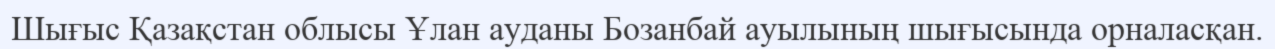
Шығыс Қазақстан облысы Ұлан ауданы Бозанбай ауылының шығысында орналасқан.